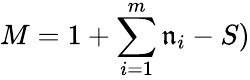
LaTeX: M=1+\sum_{i=1}^{m}\mathfrak{n}_{i}-S)